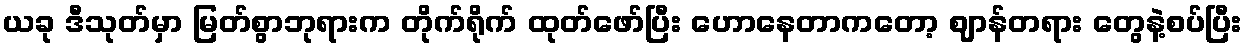
ယခု ဒီသုတ်မှာ မြတ်စွာဘုရားက တိုက်ရိုက် ထုတ်ဖော်ပြီး ဟောနေတာကတော့ ဈာန်တရား တွေနဲ့စပ်ပြီး